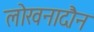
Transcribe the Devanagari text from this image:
लोखनादौन